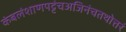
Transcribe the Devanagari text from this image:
कंबलंशाणपट्टंचअजिनंचतथोत्तरं